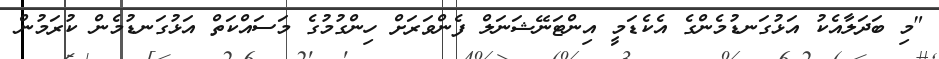
"މި ބަދަލާއެކު އަޅުގަނޑުމެންގެ އެކެޑަމީ އިންޓަނޭޝަނަލް ފެންވަރަށް ހިންގުމުގެ މަސައްކަތް އަޅުގަނޑުމެން ކުރަމުން